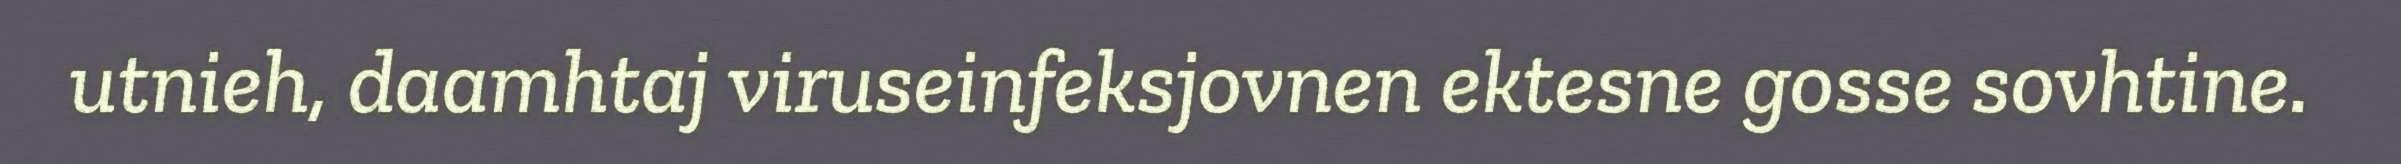
utnieh, daamhtaj viruseinfeksjovnen ektesne gosse sovhtine.